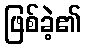
ဖြစ်ခဲ့၏